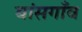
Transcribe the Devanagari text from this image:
बांसगाँव